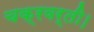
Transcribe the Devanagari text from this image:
चक्रवर्ती।